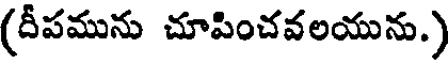
(దీపమును చూపించవలయును.)